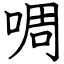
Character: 啁